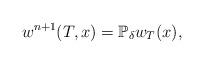
LaTeX: \begin{align*}w^{n+1}(T,x)=\mathbb{P}_{\delta}w_{T}(x),\end{align*}